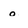
Character: 0